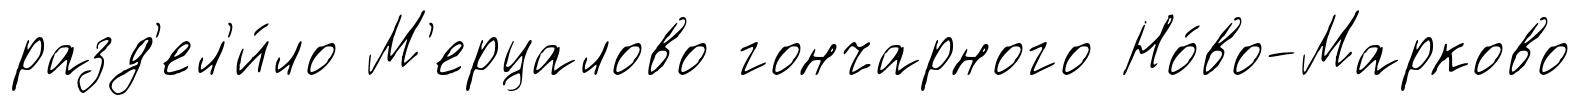
разд'ел'и́ло М'ерцалово гончарного Но́во-Марково